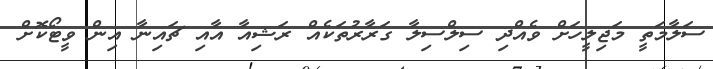
ސަލާމަތީ މަޖިލީހަށް ވެއްދި ސިލްސިލާ ގަރާރުތަކެއް ރަޝިއާ އާއި ޗައިނާ އިން ވީޓޯކޮށް